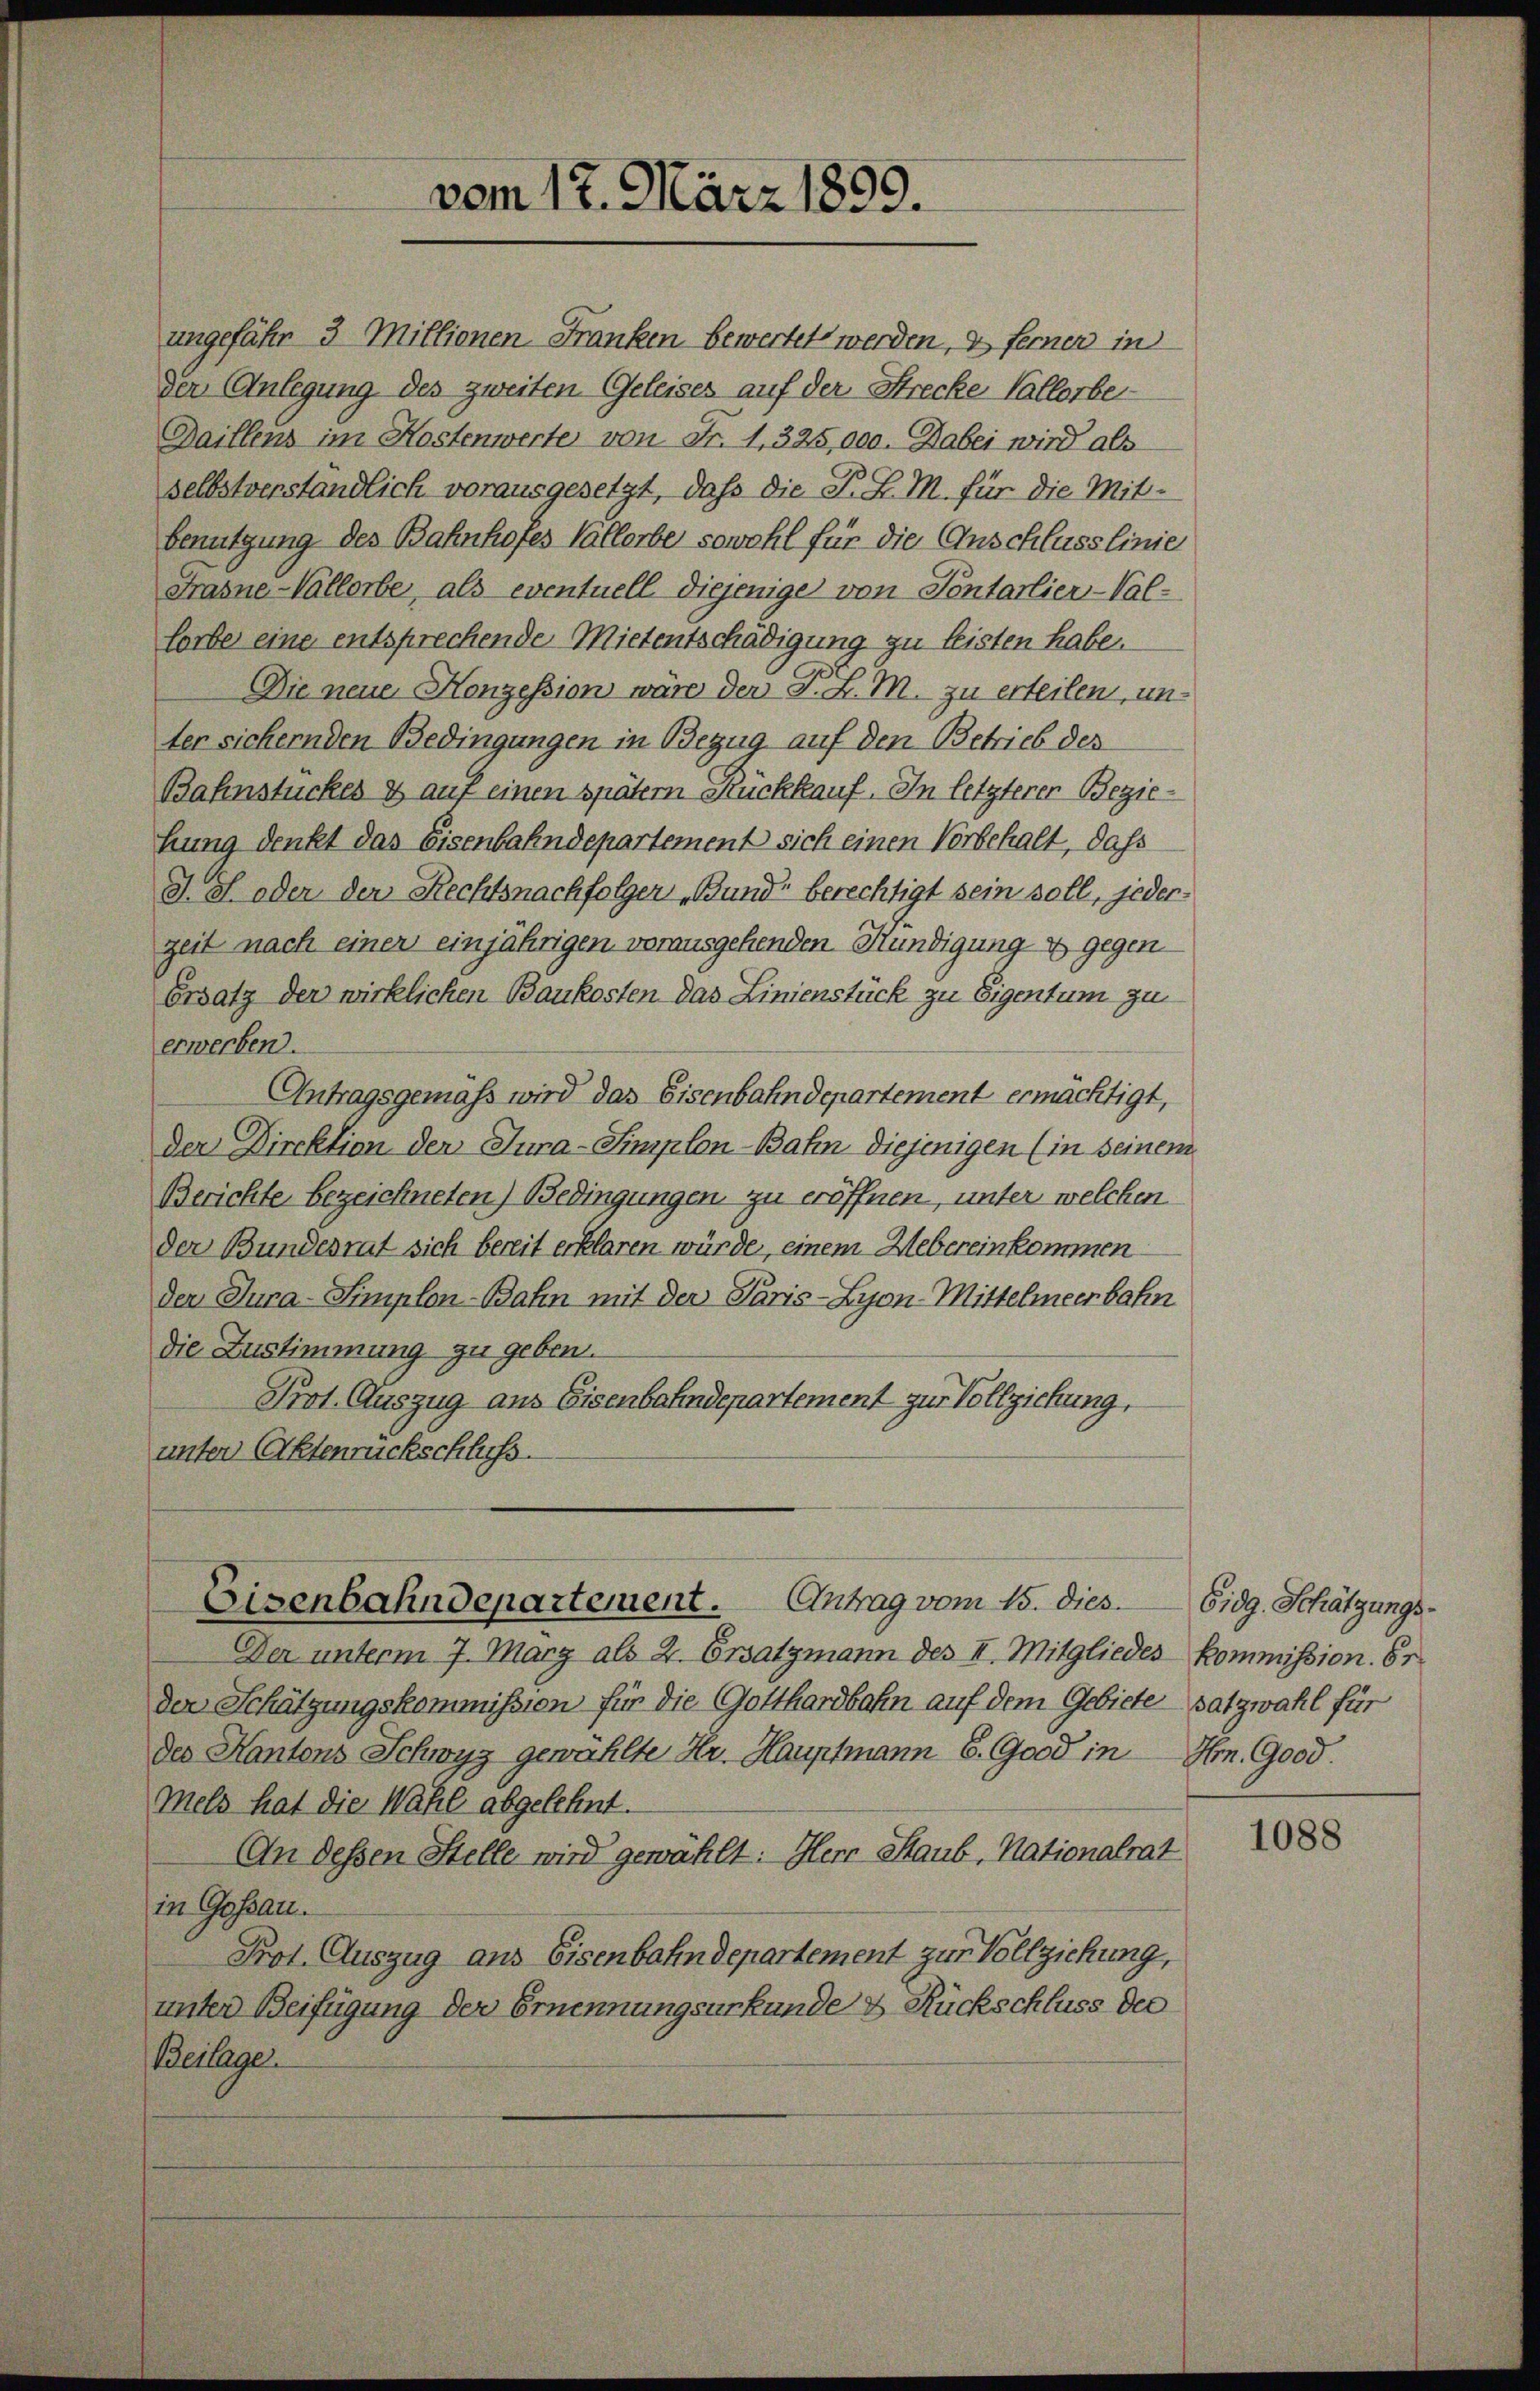
vom 17. März 1899.

ungefähr 3 Millionen Franken bewertet werden, & fernen in
der Anlegung des zweiten Geleises auf der Strecke Vallorbe
Daillens im Kostenwerte von Fr. 1, 325,000. Dabei wird als
selbstverständlich vorausgesetzt, daß die P. L. M. für die Mitbenutzung des Bahnhofes Vallerbe sowohl für die Anschlusslinie
Frasne-Vallerbe, als eventuell diejenige von Tentarlier-Val-
lorbe eine entsprechende Mietentschädigung zu leisten habe.
Die neue Konzession wäre der F. L. M. zu erteilen, un-
ter sichernden Bedingungen in Bezug auf den Betrieb des
Bahnstückes & auf einen spätem Rückkauf. In letzterer Beziehung denkt das Eisenbahndepartement sich einen Vorbehalt, daß
J. S. oder der Rechtsnachfolger „Bund“ berechtigt sein soll, jeder-
zeit nach einer einjährigen vorausgehenden Mündigung gegen
Ersatz der wirklichen Baukosten das Linienstück zu Eigentum zu
erwerben.
Antragsgemäß wird das Eisenbahndepartement ermächtigt,
der Direktion der Jura-Simplon-Bahn diejenigen (in seinem
Berichte bezeichneten) Bedingungen zu eröffnen, unter welchen
der Bundesrat sich bereit erklären würde, einem Webereinkommen
der Jura-Simplon-Bahn mit der Paris-Lyon-Mittelmeerbahn
die Zustimmung zu geben.
Prot. Auszug aus Eisenbahndepartement zur Vollziehung,
unter Aktenrückschluss.

Der unterm 7. März als 2. Ersatzmann des II. Mitgliedes Kommission. 61
der Schätzungskommission für die Gotthardbahn auf dem Gebiete satzwahl für
des Kantons Schwyz gewählte Hr. Hauptmann E. Good in Hrn. 9000.
mels hat die Wahl abgelehnt.
An dessen Stelle wird gewählt: Herr Staub, Nationalrat
in Gossau.
Prot. Auszug aus Eisenbahndepartement zur Vollziehung,
unter Beifügung der Ernennungsurkunde & Rückschluss der
Beilage

Eisenbahndepartement. Antrag vom 15. dies

Eidg. Schätzungs-

1088